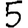
Digit: 5